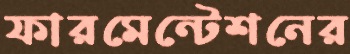
ফারমেন্টেশনের